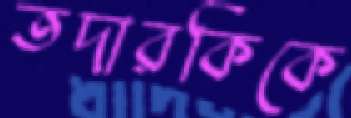
তদারকিকে